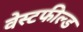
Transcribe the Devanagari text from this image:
वेस्टफील्ड